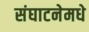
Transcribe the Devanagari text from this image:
संघाटनेमधे